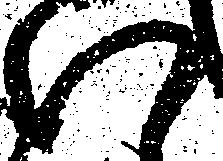
い